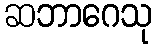
ဆဘာဂေသု